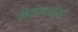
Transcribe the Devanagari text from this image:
बिज़ेन्टाईनों